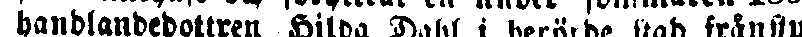
handlandedottren Hiloa Dahl i berörde stad frånstu